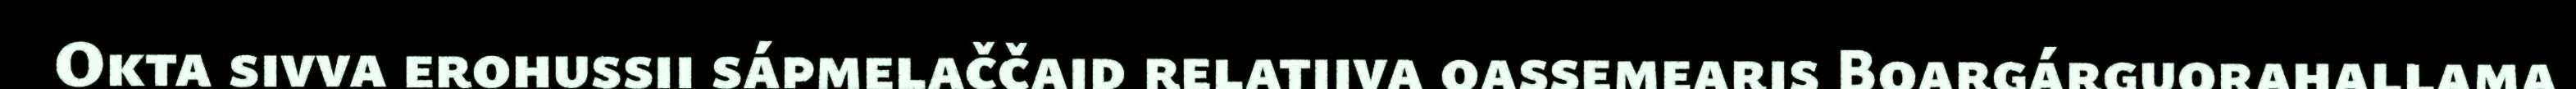
Okta sivva erohussii sápmelaččaid relatiiva oassemearis Boargárguorahallama